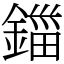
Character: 鍿